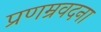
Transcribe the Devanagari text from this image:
प्रणम्रवदना